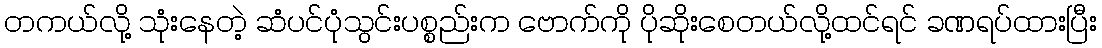
တကယ်လို့ သုံးနေတဲ့ ဆံပင်ပုံသွင်းပစ္စည်းက ဗောက်ကို ပိုဆိုးစေတယ်လို့ထင်ရင် ခဏရပ်ထားပြီး